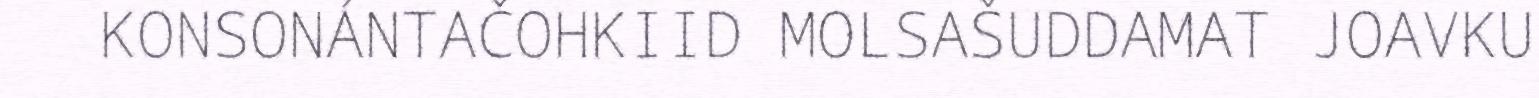
KONSONÁNTAČOHKIID MOLSAŠUDDAMAT JOAVKU